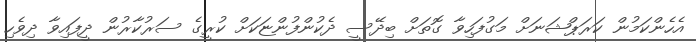
އެހެންކަމުން ކަރަޕްޝަނަށް މަގުފަހިވާ ގޮތަށް ބިދޭސީ ދެކުންފުންޏަކަށް ކުރީގެ ސަރުކާރުން ދީފައިވާ ދިވެހި